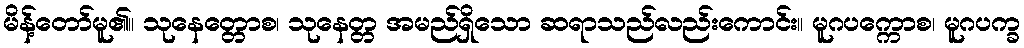
မိန့်တော်မူ၏။ သုနေတ္တောစ၊ သုနေတ္တ အမည်ရှိသော ဆရာသည်လည်းကောင်း။ မူဂပက္ကောစ၊ မူဂပက္ခ